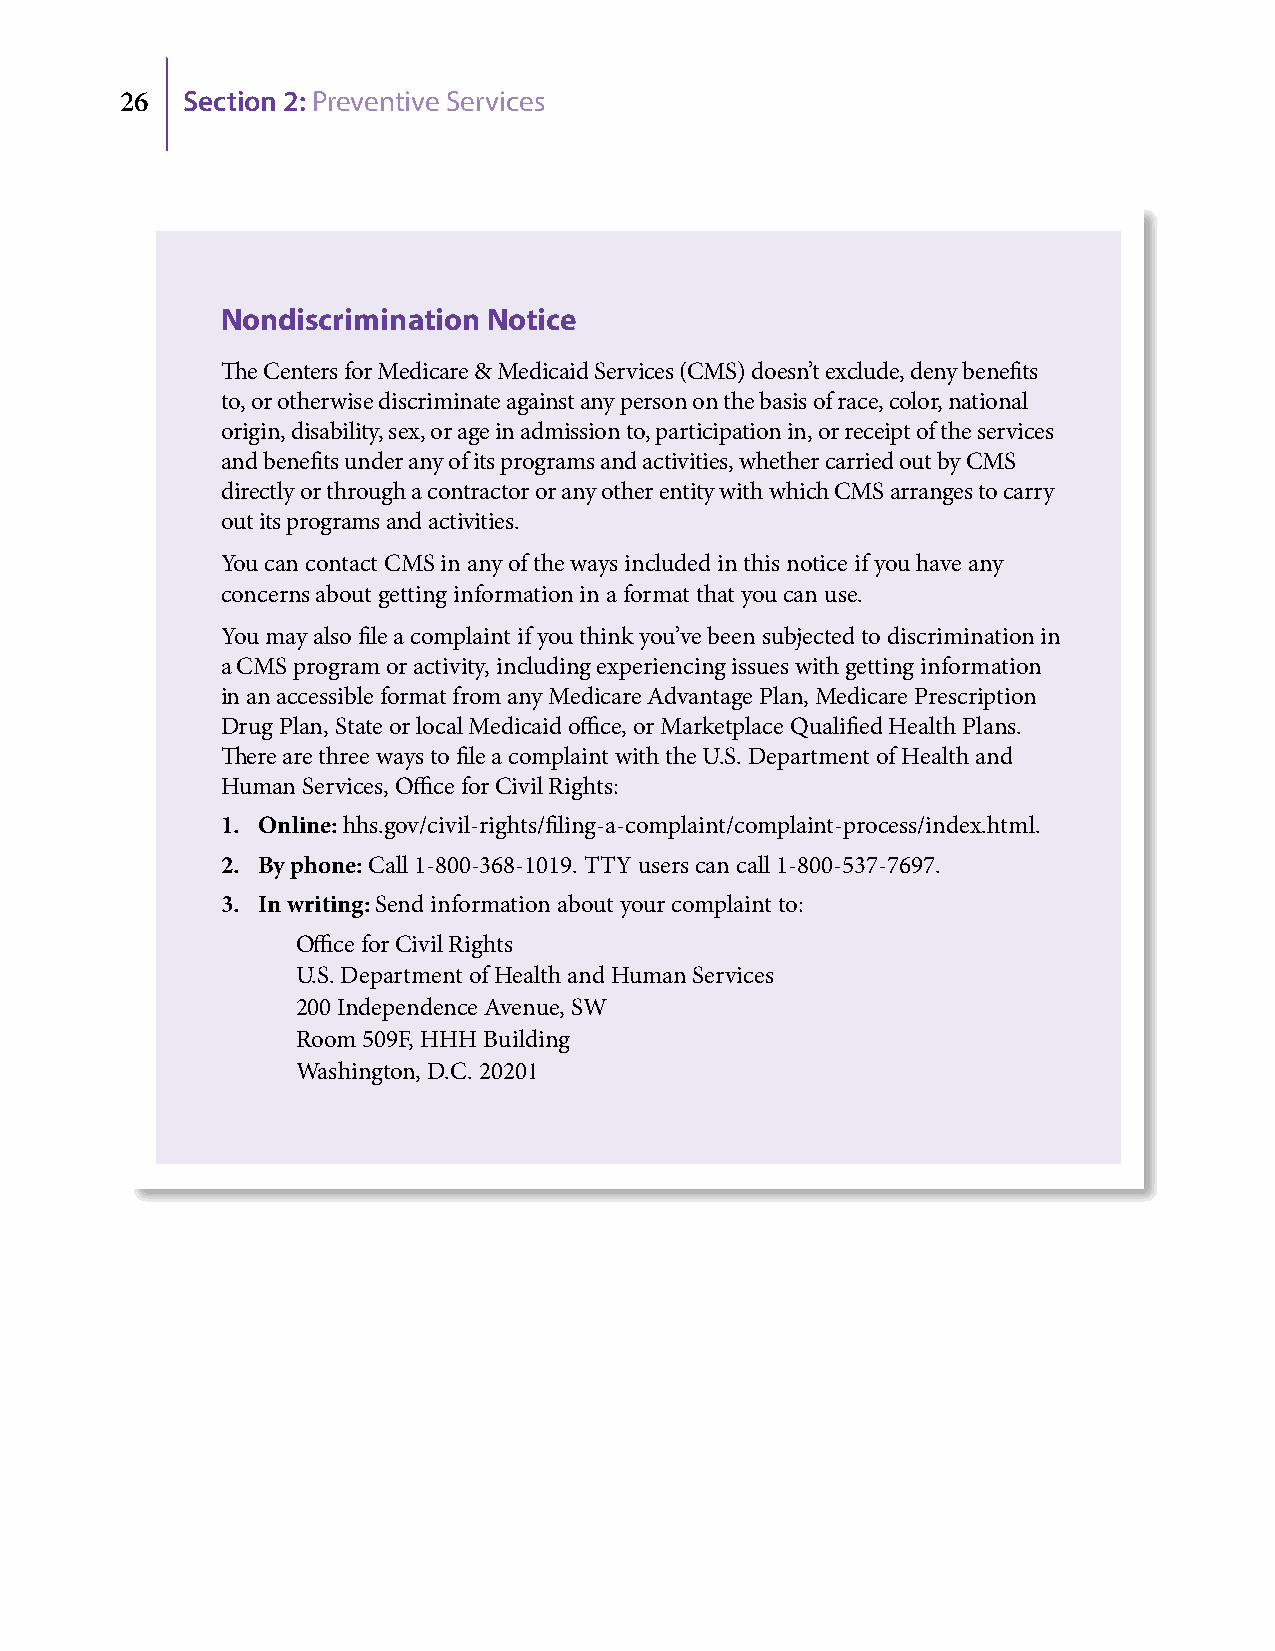
26  Section 2: Preventive Services
 Nondiscrimination Notice
 The Centers for Medicare & Medicaid Services (CMS) doesn’t exclude, deny benefits
 to, or otherwise discriminate against any person on the basis of race, color, national
 origin, disability, sex, or age in admission to, participation in, or receipt of the services
 and benefits under any of its programs and activities, whether carried out by CMS
 directly or through a contractor or any other entity with which CMS arranges to carry
 out its programs and activities.
 You can contact CMS in any of the ways included in this notice if you have any
 concerns about getting information in a format that you can use.
 You may also file a complaint if you think you’ve been subjected to discrimination in
 a CMS program or activity, including experiencing issues with getting information
 in an accessible format from any Medicare Advantage Plan, Medicare Prescription
 Drug Plan, State or local Medicaid office, or Marketplace Qualified Health Plans.
 There are three ways to file a complaint with the U.S. Department of Health and
 Human Services, Office for Civil Rights:
 1. Online: hhs.gov/civil-rights/filing-a-complaint/complaint-process/index.html.
 2. By phone: Call 1-800-368-1019. TTY users can call 1-800-537-7697.
 3. In writing: Send information about your complaint to:
 Office for Civil Rights
 U.S. Department of Health and Human Services
 200 Independence Avenue, SW
 Room 509F, HHH Building
 Washington, D.C. 20201